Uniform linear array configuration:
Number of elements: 48
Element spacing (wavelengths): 0.5
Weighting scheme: kaiser
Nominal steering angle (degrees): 60
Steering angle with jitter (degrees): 58.853
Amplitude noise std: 0.05
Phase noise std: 0.05

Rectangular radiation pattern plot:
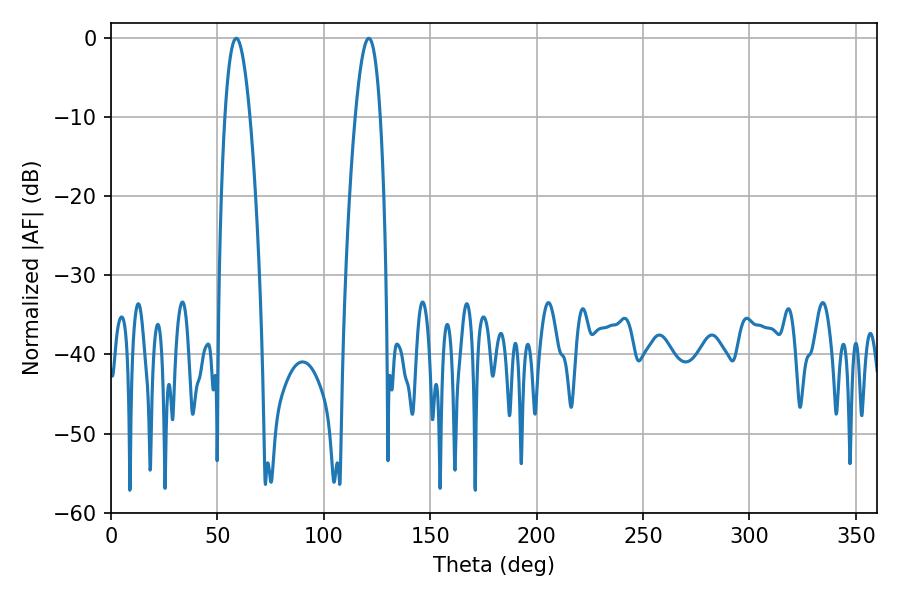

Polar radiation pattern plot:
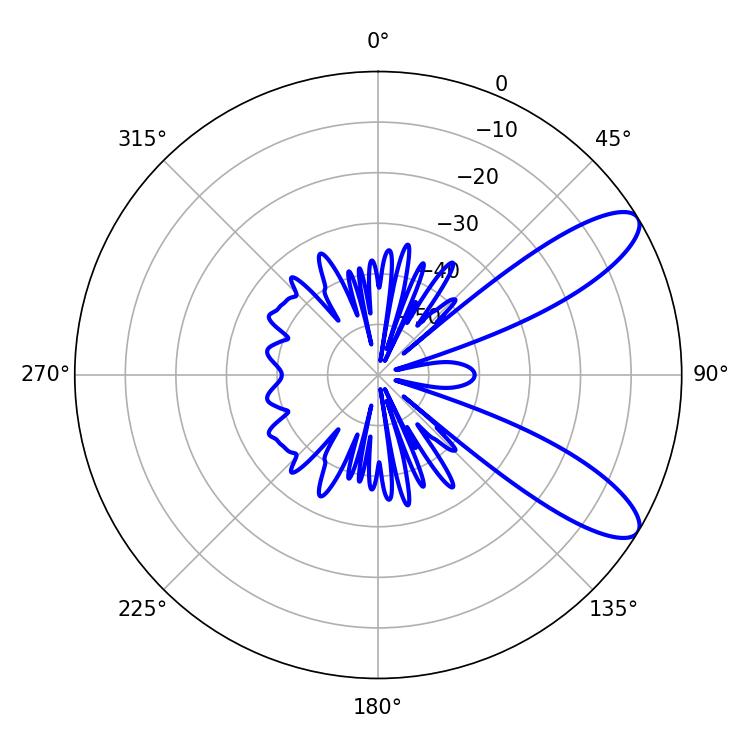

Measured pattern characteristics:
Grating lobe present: FALSE
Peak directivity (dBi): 9.819
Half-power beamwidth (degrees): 6.48
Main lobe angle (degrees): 58.86